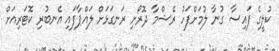
ކުލީގެ ފައިސާ ގުނާ ލުމަށްފަހު ރޭޝްމާ ދޮރޯށި ރަނގަޅަށް ލައްޕާފައި އެނބުރި ކޮޓަރިއަށް